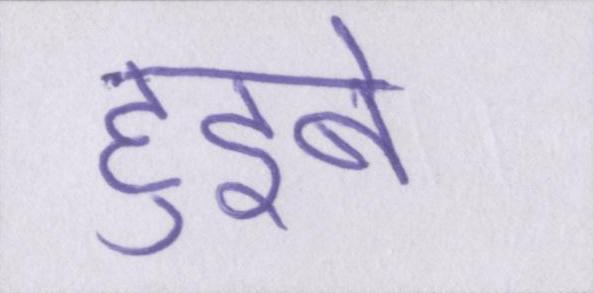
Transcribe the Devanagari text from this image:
हुइबे